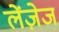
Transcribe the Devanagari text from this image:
लेंज़ेज